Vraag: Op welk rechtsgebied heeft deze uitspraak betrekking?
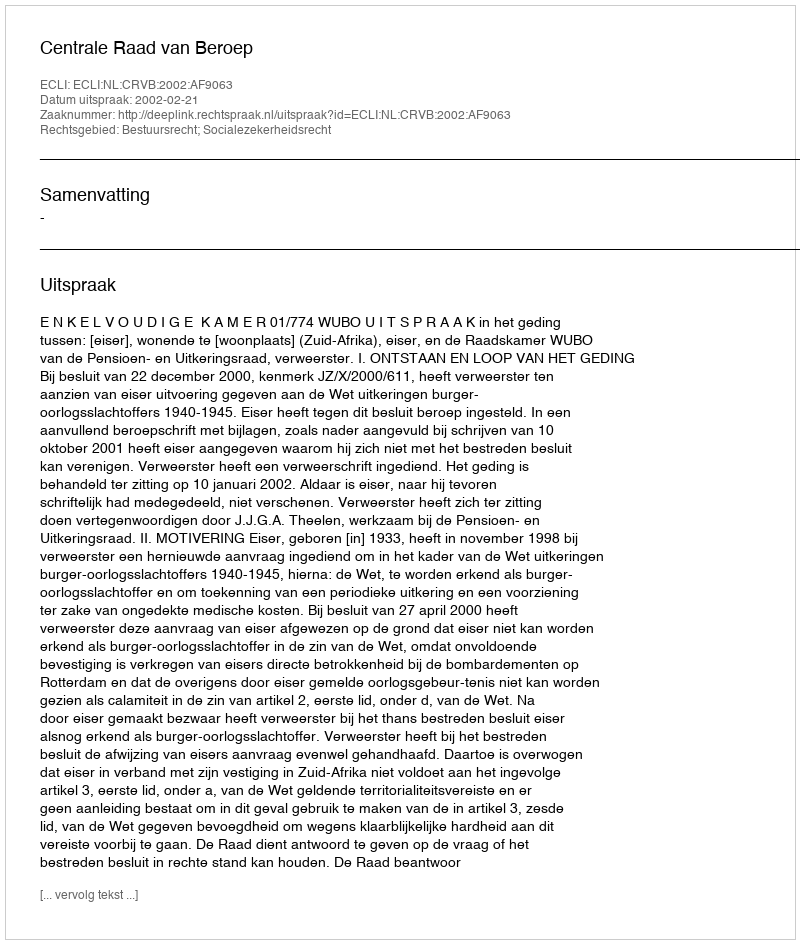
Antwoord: Bestuursrecht; Socialezekerheidsrecht